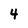
Character: 4